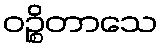
ဝဉ္စိတာသေ